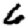
Digit: 6